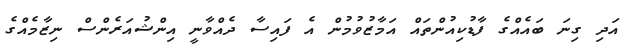
އަދި ގިނަ ބައެއްގެ ފާޑުކިއުންތައް އަމާޒުވުމުން އެ ފައިސާ ދެއްވާނީ އިންޝުއަރެންސް ނިޒާމެއްގެ